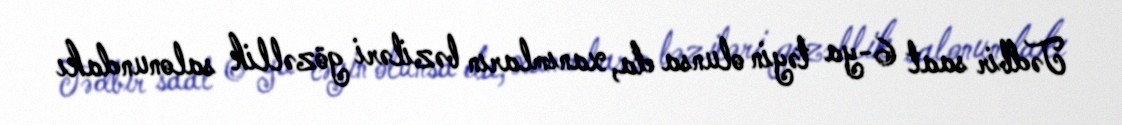
Tədbir saat 6-ya təyin olunsa da, xanımların bəziləri gözəllik salonundakı